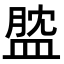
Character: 𥁺